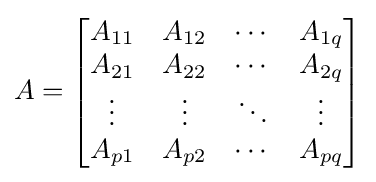
A={\begin{bmatrix}A_{11}&A_{12}&\cdots &A_{1q}\\A_{21}&A_{22}&\cdots &A_{2q}\\\vdots &\vdots &\ddots &\vdots \\A_{p1}&A_{p2}&\cdots &A_{pq}\end{bmatrix}}